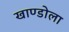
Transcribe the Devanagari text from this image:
खाण्डोला